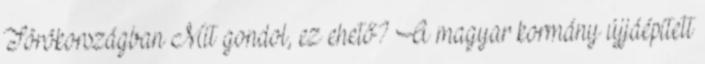
Törökországban Mit gondol, ez ehető? A magyar kormány újjáépített